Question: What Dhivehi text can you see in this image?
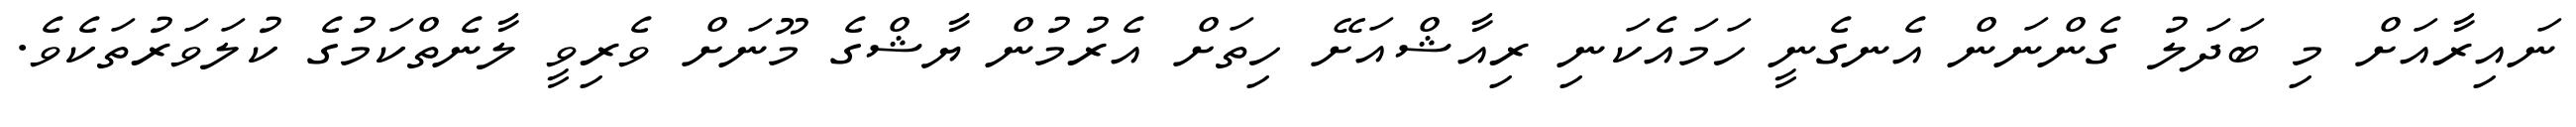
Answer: ނައިރާއަށް މި ބަދަލު ގެންނަން އެނގެނީ ހަމައެކަނި ރިއާޝްއަށޭ ހިތަށް އެރުމުން ޔާޝްގެ މޫނަށް ވެރިވީ ލާނެތްކަމުގެ ކުލަވަރުތަކެވެ.